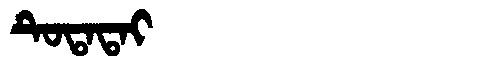
Manchu: ᡨᡠᡨᠠᡨᠠᡳ
Romanization: TUTATAI